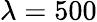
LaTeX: \lambda=500